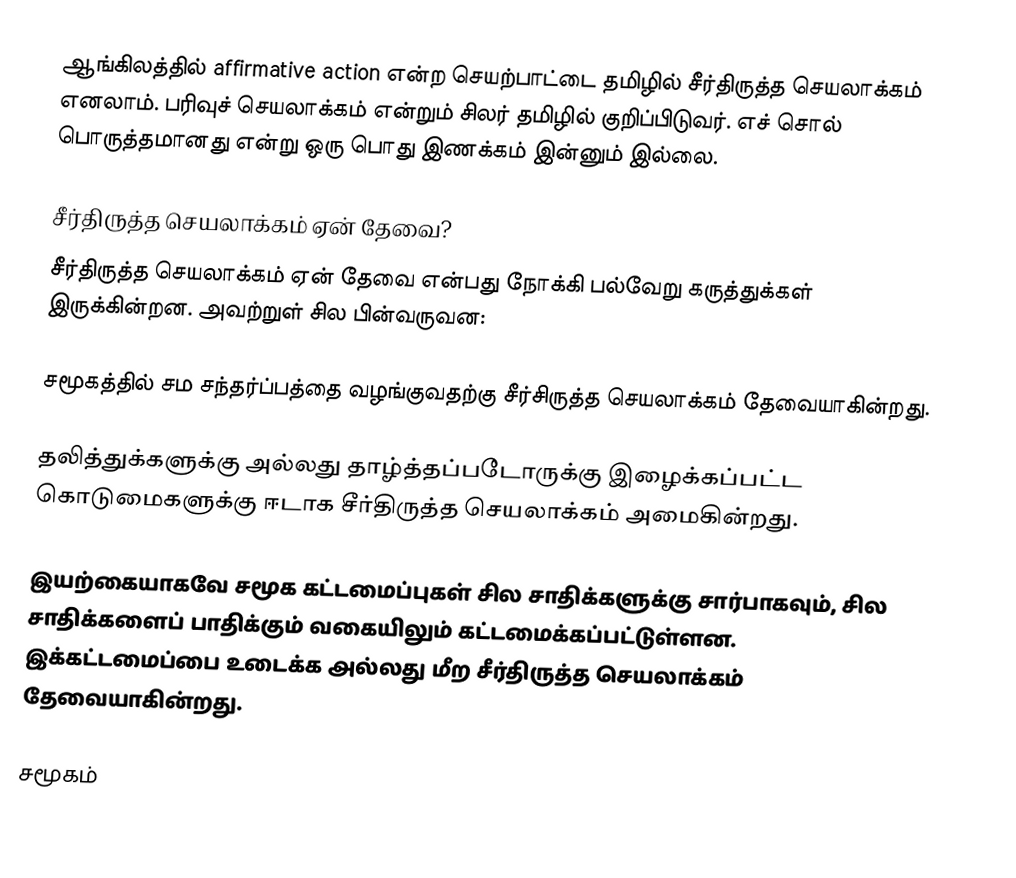
ஆங்கிலத்தில் affirmative action என்ற செயற்பாட்டை தமிழில் சீர்திருத்த செயலாக்கம் எனலாம்.  பரிவுச் செயலாக்கம் என்றும் சிலர் தமிழில் குறிப்பிடுவர்.  எச் சொல் பொருத்தமானது என்று ஒரு பொது இணக்கம் இன்னும் இல்லை.

சீர்திருத்த செயலாக்கம் ஏன் தேவை?
சீர்திருத்த செயலாக்கம் ஏன் தேவை என்பது நோக்கி பல்வேறு கருத்துக்கள் இருக்கின்றன.  அவற்றுள் சில பின்வருவன:

 சமூகத்தில் சம சந்தர்ப்பத்தை வழங்குவதற்கு சீர்சிருத்த செயலாக்கம் தேவையாகின்றது.

 தலித்துக்களுக்கு அல்லது தாழ்த்தப்படோருக்கு இழைக்கப்பட்ட கொடுமைகளுக்கு ஈடாக சீர்திருத்த செயலாக்கம் அமைகின்றது.

 இயற்கையாகவே சமூக கட்டமைப்புகள் சில சாதிக்களுக்கு சார்பாகவும், சில சாதிக்களைப் பாதிக்கும் வகையிலும் கட்டமைக்கப்பட்டுள்ளன.  இக்கட்டமைப்பை உடைக்க அல்லது மீற சீர்திருத்த செயலாக்கம் தேவையாகின்றது.

சமூகம்